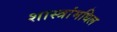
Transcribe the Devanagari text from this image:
शास्त्रांमधिल